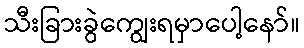
သီးခြားခွဲကျွေးရမှာပေါ့နော်။